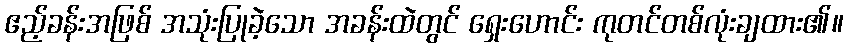
ဧည့်ခန်းအဖြစ် အသုံးပြုခဲ့သော အခန်းထဲတွင် ရှေးဟောင်း ကုတင်တစ်လုံးချထား၏။